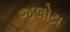
જલોટા